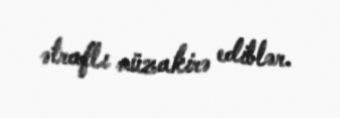
ətraflı müzakirə ediblər.